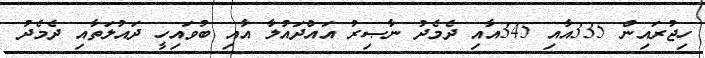
ހިޖުރައިން 335އާއި 345އާއި ދެމެދު ނާޞިރު އައްދައުލާ އާއި ބުވައިހީ ދައުލަތާއި ދެމެދު